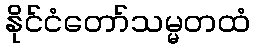
နိုင်ငံတော်သမ္မတထံ